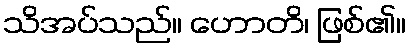
သိအပ်သည်။ ဟောတိ၊ ဖြစ်၏။